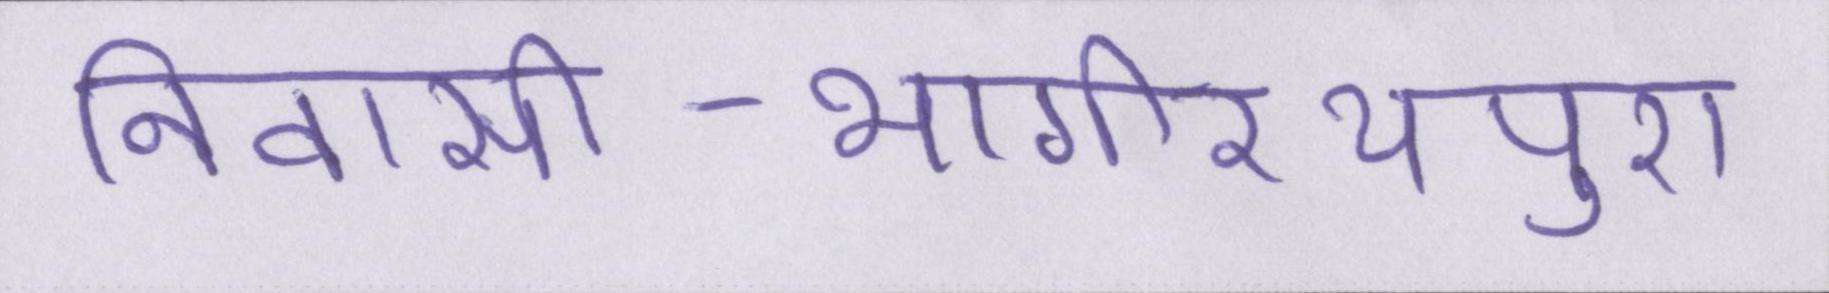
निवासी-भागीरथपुरा